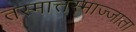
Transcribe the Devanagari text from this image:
तस्मात्तस्माज्जाता